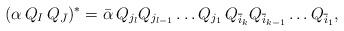
LaTeX: \begin{align*}(\alpha\,Q_I\,Q_{\bar J})^{*}= {\bar \alpha}\,Q_{j_{l}}Q_{j_{l-1}}\ldots Q_{j_{1}}\, Q_{{\overline i_{k}}}Q_{{\overline i_{k-1}}}\ldots Q_{{\overline i_{1}}},\end{align*}